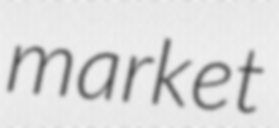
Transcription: market